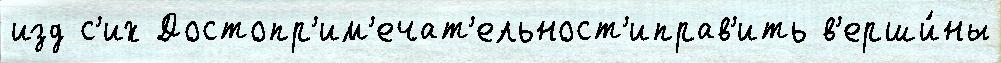
изд с'их Достопр'им'ечат'ельност'иправ'ить в'ерши́ны